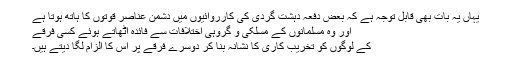
یہاں یہ بات بھی قابل توجہ ہے کہ بعض دفعہ دہشت گردی کی کارروائیوں میں دشمن عناصر قوتوں کا ہاتھ ہوتا ہے
اور وہ مسلمانوں کے مسلکی و گروہی اختلافات سے فائدہ اٹھاتے ہوئے کسی فرقے
کے لوگوں کو تخریب کاری کا نشانہ بنا کر دوسرے فرقے پر اس کا الزام لگا دیتے ہیں۔